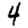
Digit: 4